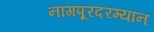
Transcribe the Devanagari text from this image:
नागपूरदरम्यान